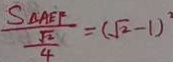
\frac { S _ { \Delta } A E F } { \frac { \sqrt { 2 } } { 4 } } = ( \sqrt { 2 } - 1 ) ^ { 2 }